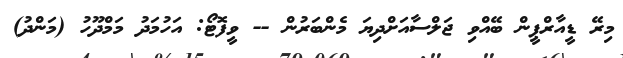
މިރޭ ޑީއާރްޕީން ބޭއްވި ޖަލްސާއަށްދިޔަ މެންބަރުން -- ވީފޮޓޯ: އަހުމަދު މަމްދޫހު (މަންދު)